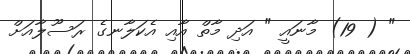
" ( 19) މާނައީ " އަދި މާތް އާއި އެކަލާނގެ ރަސޫލާއަށް